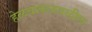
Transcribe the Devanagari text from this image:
हेळवाकजवळील